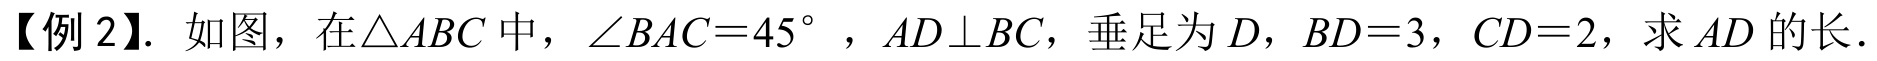
【例 2】. 如图，在\(\triangle ABC\)中，\(\angle BAC = 45^{\circ}\)，\(AD\perp BC\)，垂足为\(D\)，\(BD = 3\)，\(CD = 2\)，求\(AD\)的长.